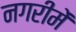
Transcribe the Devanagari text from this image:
नगरीमें